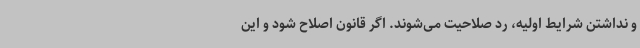
و نداشتن شرایط اولیه، رد صلاحیت می‌شوند. اگر قانون اصلاح شود و این